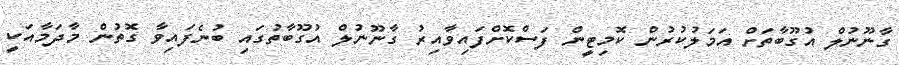
ގާނޫނުލް އުގޫބާތަށް އަމަލުކުރުން ކޮމިޓީން ފަސްކޮށްފައިވާއިރު ގާނޫނުލް އުގޫބާތުގައި ބުނެފައިވާ ގޮތުން މާދަމާއަކީ